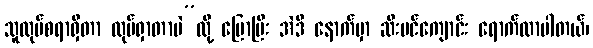
သူလုပ်စရာရှိတာ လုပ်ရှာတာပဲ”လို့ ပြောပြီး အဲဒီ နောက်မှာ ဆီးပင်ကျောင်း ရောက်လာပါတယ်၊